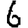
Digit: 6